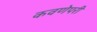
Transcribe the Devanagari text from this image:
कवणेपरी